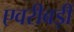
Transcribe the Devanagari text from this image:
एवरीबड़ी